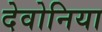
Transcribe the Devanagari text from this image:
देवोनिया